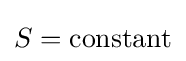
S=\mathrm {constant}